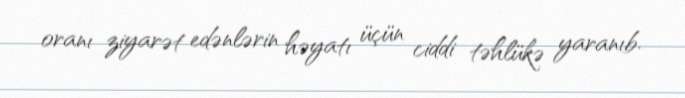
oranı ziyarət edənlərin həyatı üçün ciddi təhlükə yaranıb.